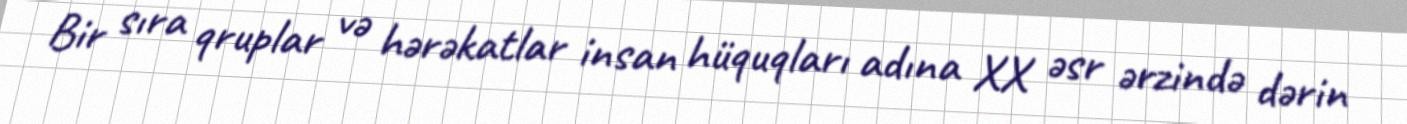
Bir sıra qruplar və hərəkatlar insan hüquqları adına XX əsr ərzində dərin